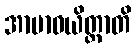
အာဗာဓယိတ္ထာတိ